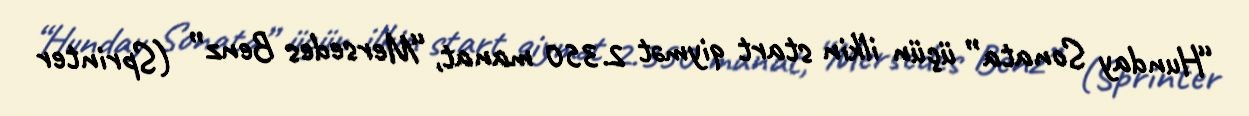
“Hunday Sonata” üçün ilkin start qiymət 2.350 manat, “Mersedes Benz” (Sprinter